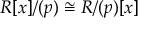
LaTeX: R [ x ] / ( p ) \cong R / ( p ) [ x ]